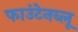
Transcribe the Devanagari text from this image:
फाउंटेनब्‍लू